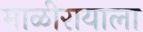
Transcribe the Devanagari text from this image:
माळीरायाला